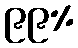
၉၉%